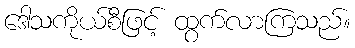
ဒေါသကိုယ်စီဖြင့် ထွက်လာကြသည်။